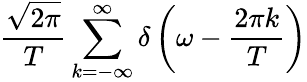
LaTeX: {\frac{\sqrt{2\pi}}{T}}\sum_{k=-\infty}^{\infty}\delta\left(\omega-{\frac{2\pi k}{T}}\right)